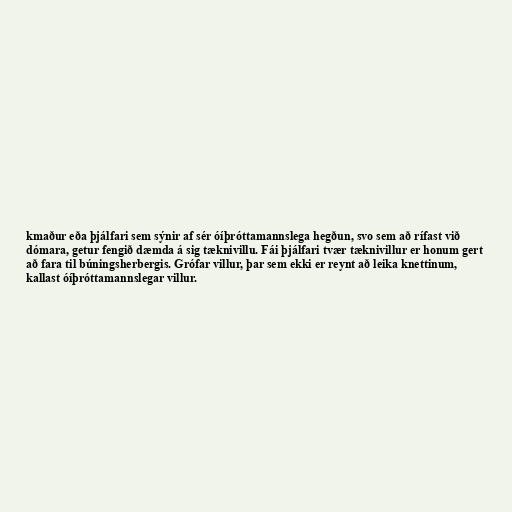
kmaður eða þjálfari sem sýnir af sér óíþróttamannslega hegðun, svo sem að rífast við
dómara, getur fengið dæmda á sig tæknivillu. Fái þjálfari tvær tæknivillur er honum gert
að fara til búningsherbergis. Grófar villur, þar sem ekki er reynt að leika knettinum,
kallast óíþróttamannslegar villur.